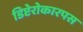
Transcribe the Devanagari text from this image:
डिप्टेरोकारपस